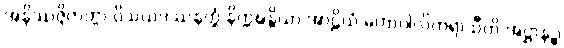
အနိဿဇ္ဇိတတ္တာ ဝိသယဒဿနတ္ထံ နိက္ကဍ္ဎန္တိယာ အာဠိယံ မဟာဝါလိကရာသီတိ အဋ္ဌာနဉ္စ